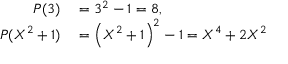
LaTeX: \begin{array} { r l } { P ( 3 ) } & { { } = 3 ^ { 2 } - 1 = 8 , } \\ { P ( X ^ { 2 } + 1 ) } & { { } = \left( X ^ { 2 } + 1 \right) ^ { 2 } - 1 = X ^ { 4 } + 2 X ^ { 2 } } \end{array}